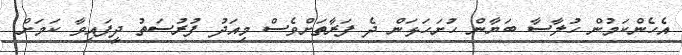
އެހެންކަމުން ހުލާސާ ބަޔާން ހުށަހަޅަން ދެ ފަރާތަށްވެސް މިއަދު ފުރުސަތު ދީފައިވާ ކަމަށް